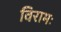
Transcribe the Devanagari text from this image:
विरामः